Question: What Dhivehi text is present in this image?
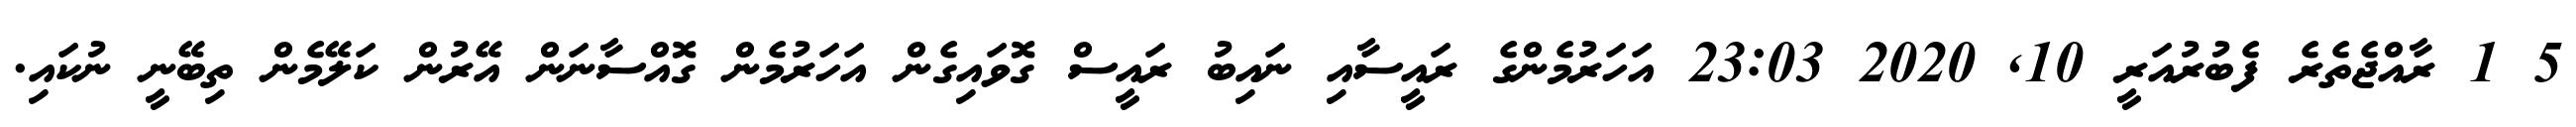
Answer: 5 1 ރާއްޖެތެރެ ފެބުރުއަރީ 10, 2020 23:03 އަހަރުމެންގެ ރައީސާއި ނައިބު ރައީސް ގޮވައިގެން އަހަރުމެން ގޮއްސާނަން އޭރުން ކަލޭމެން ތިބޭނީ ނުކައި.